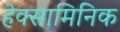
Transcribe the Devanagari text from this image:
हेक्सामिनिक